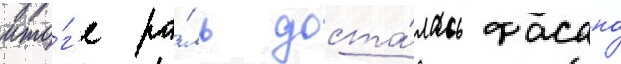
ито́г'е ро́ль доста́лась фасано